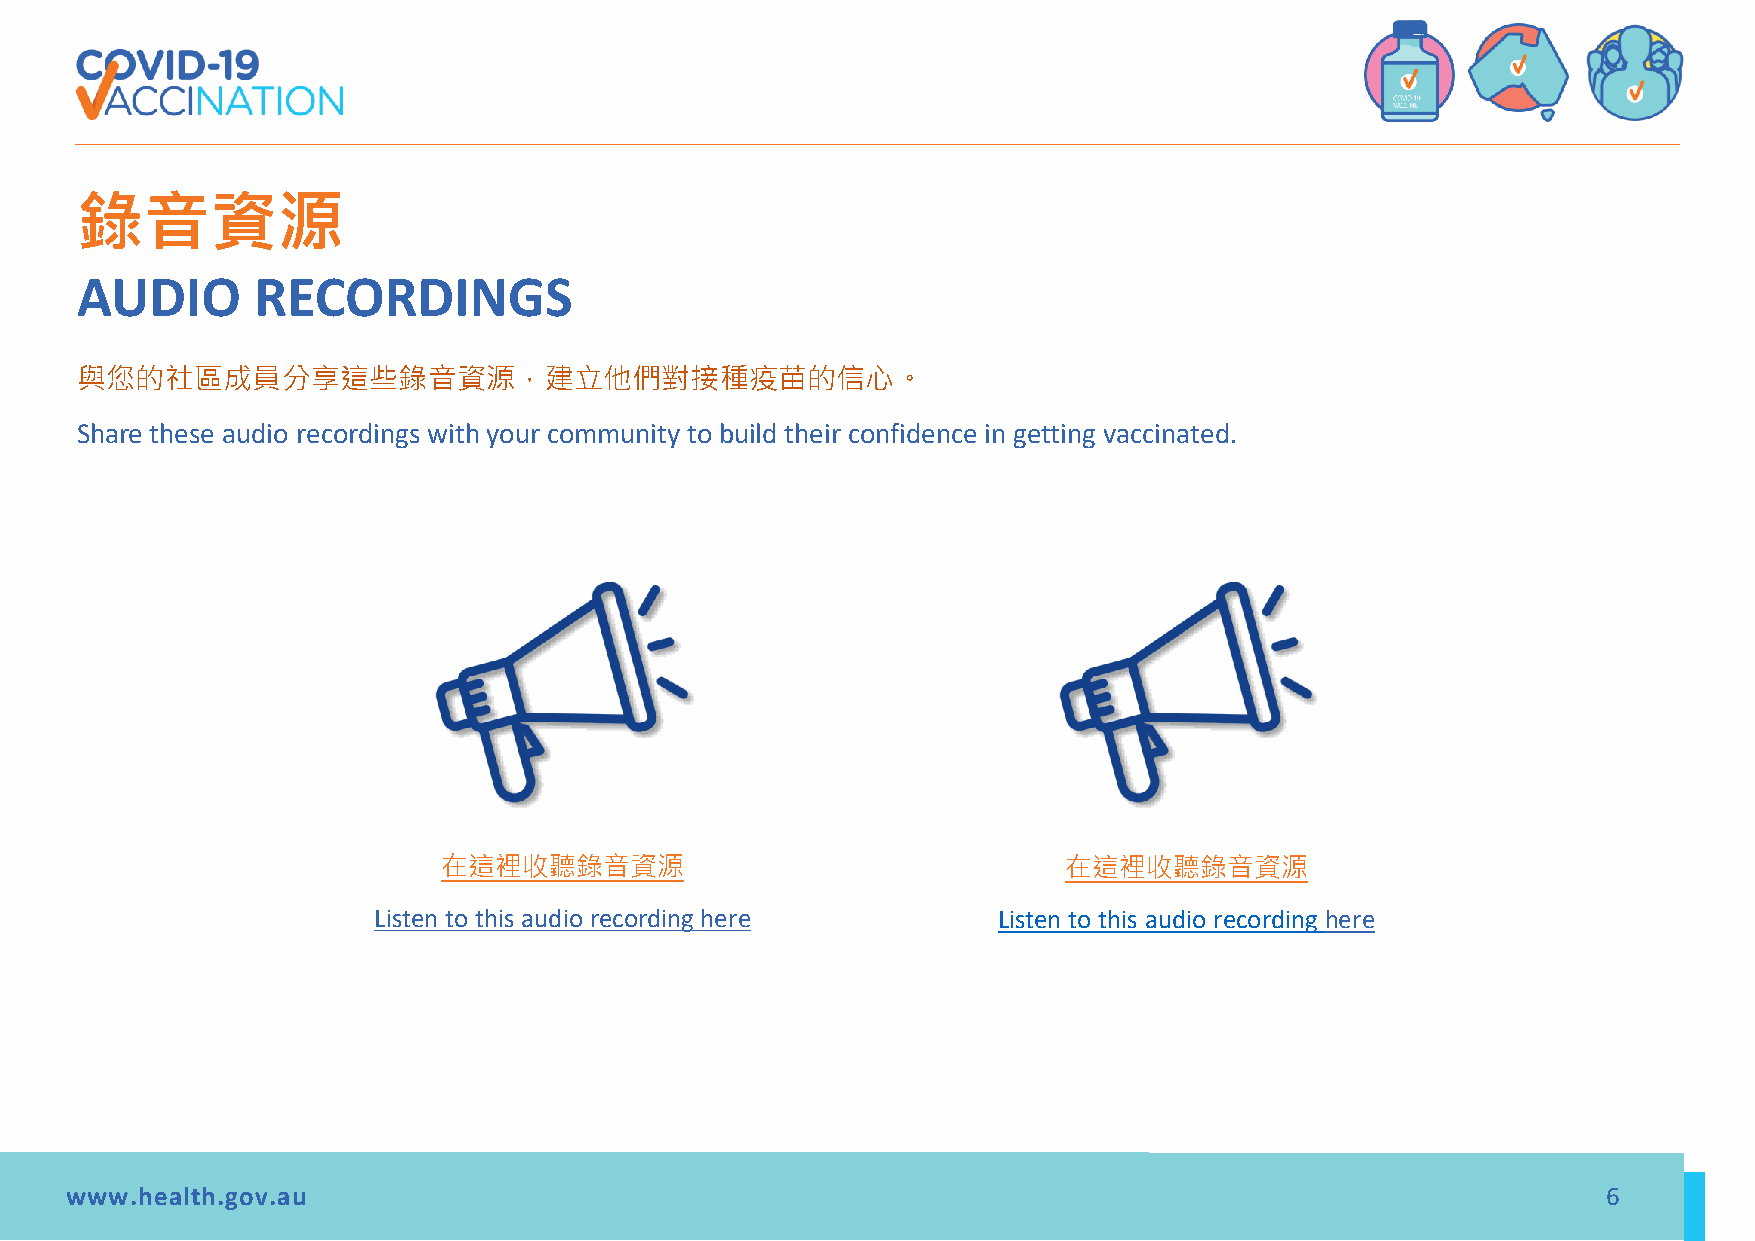
錄音資源
 AUDIO       RECORDINGS
 與您的社區成員分享這些錄音資源，建立他們對接種疫苗的信心。
 Share these audio recordings with your community to build their confidence in getting vaccinated.
 在這裡收聽錄音資源                                在這裡收聽錄音資源
 Listen to this audio recording here      Listen to this audio recording here
 www.health.gov.au                                                                                     6